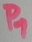
Text: P1